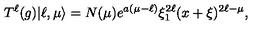
T ^ { \ell } ( g ) | \ell , \mu \rangle = N ( \mu ) e ^ { a ( \mu - \ell ) } \xi _ { 1 } ^ { 2 \ell } ( x + \xi ) ^ { 2 \ell - \mu } ,